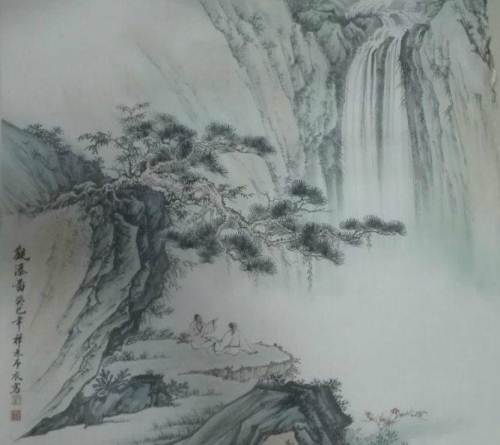
时见归村人，沙行渡头歇。